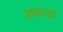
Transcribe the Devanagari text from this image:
हकड़ा